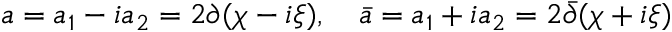
a = a _ { 1 } - i a _ { 2 } = 2 \partial ( \chi - i \xi ) , \quad \bar { a } = a _ { 1 } + i a _ { 2 } = 2 \bar { \partial } ( \chi + i \xi )